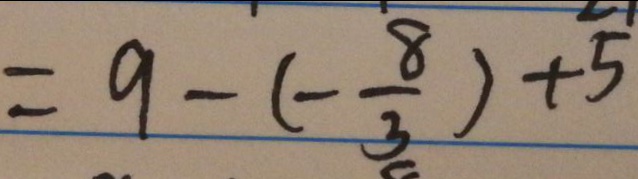
= 9 - ( - \frac { 8 } { 3 } ) + 5